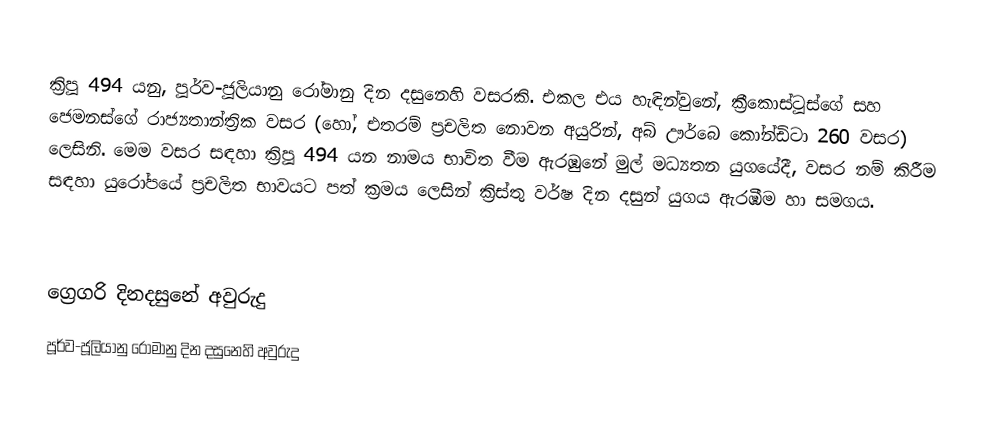

ක්‍රිපූ 494 යනු, පූර්ව-ජූලියානු රෝමානු දින දසුනෙහි වසරකි. එකල එය හැඳින්වුනේ, ක්‍රීකොස්ටූස්ගේ සහ ජෙමනස්ගේ රාජ්‍යතාන්ත්‍රික වසර (හෝ, එතරම් ප්‍රචලිත නොවන අයුරින්, අබ් ඌර්බෙ කෝන්ඩිටා 260 වසර) ලෙසිනි. මෙම වසර සඳහා ක්‍රිපූ 494 යන නාමය භාවිත වීම ඇරඹුනේ මුල්  මධ්‍යතන යුගයේදී, වසර නම් කිරීම සඳහා යුරෝපයේ ප්‍රචලිත භාවයට පත් ක්‍රමය ලෙසින් ක්‍රිස්තු වර්ෂ දින දසුන් යුගය ඇරඹීම හා සමගය.

ග්‍රෙගරි දිනදසුනේ අවුරුදු
පූර්ව-ජූලියානු රෝමානු දින දසුනෙහි අවුරුදු